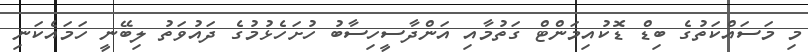
މި މަސައްކަތުގެ ބިޑް ޑޮކުއިމަންޓް ގަތުމާއި އަންދާސީހިސާބު ހުށަހެޅުމުގެ ދައުވަތު ލިބޭނީ ހަމައެކަނި